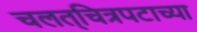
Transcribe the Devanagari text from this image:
चलत्‌चित्रपटाच्या